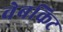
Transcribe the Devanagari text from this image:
वेबकिट